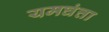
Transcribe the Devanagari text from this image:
यमघंत्ता